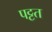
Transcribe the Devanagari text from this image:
पट्टत